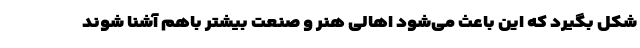
شکل بگیرد که این باعث می‌شود اهالی هنر و صنعت بیشتر باهم آشنا شوند